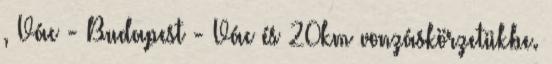
, Vác - Budapest - Vác és 20km vonzáskörzetükbe.